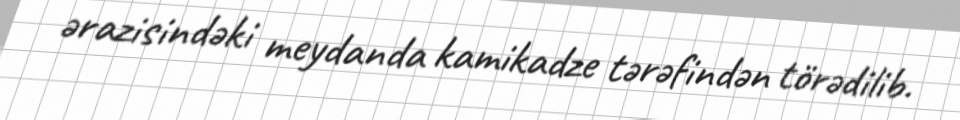
ərazisindəki meydanda kamikadze tərəfindən törədilib.